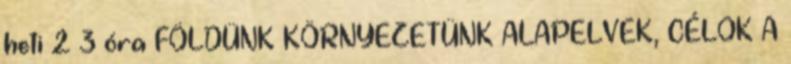
heti 2 3 óra FÖLDÜNK KÖRNYEZETÜNK ALAPELVEK, CÉLOK A